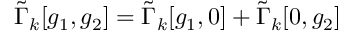
\tilde { \Gamma } _ { k } [ g _ { 1 } , g _ { 2 } ] = \tilde { \Gamma } _ { k } [ g _ { 1 } , 0 ] + \tilde { \Gamma } _ { k } [ 0 , g _ { 2 } ]